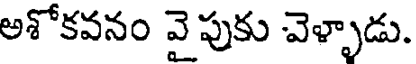
అశోకవనం వైపుకు వెళ్ళాడు.